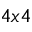
4 x 4